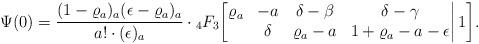
LaTeX: \begin{align*}\Psi(0)=\frac{(1-\varrho_a)_a(\epsilon-\varrho_a)_a}{a!\cdot(\epsilon)_a}\cdot{}_4F_3\bigg[\begin{matrix}\varrho_a&-a&\delta-\beta&\delta-\gamma\\&\delta&\varrho_a-a&1+\varrho_a-a-\epsilon\end{matrix}\bigg|\,1\bigg].\end{align*}